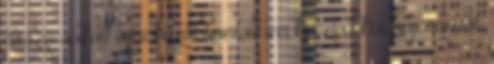
összecsukott ujjai közül bontottam ki ezt a kis hajcsomót.